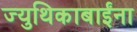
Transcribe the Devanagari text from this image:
ज्युथिकाबाईंना